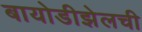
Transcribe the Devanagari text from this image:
बायोडीझेलची